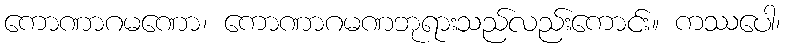
ကောဏာဂမဏော၊ ကောဏာဂမဏဘုရားသည်လည်းကောင်း။ ကဿပေါ၊